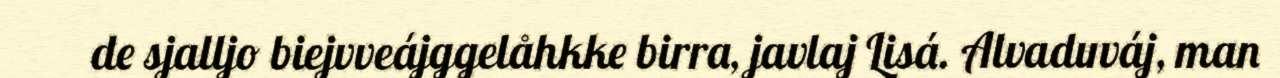
de sjalljo biejvveájggelåhkke birra, javlaj Lisá. Alvaduváj, man